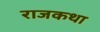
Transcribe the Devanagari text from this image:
राजकथा